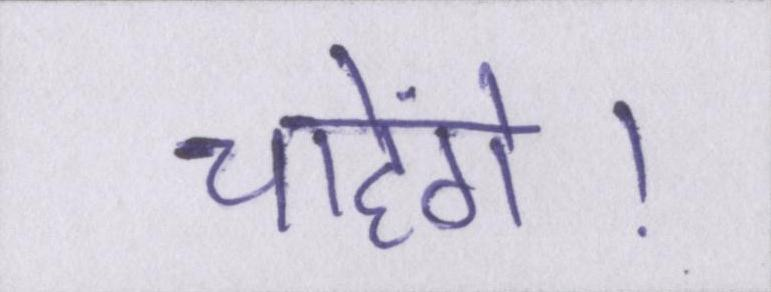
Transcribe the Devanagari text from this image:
चाहेंगे।